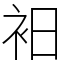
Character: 衵